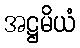
အဋ္ဌမိယံ